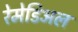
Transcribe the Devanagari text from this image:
रेमेडिअल